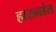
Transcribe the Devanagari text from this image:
हारुनडेल